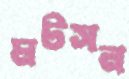
মটসন